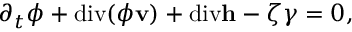
\begin{array} { r } { \partial _ { t } \phi + \mathrm { d i v } ( \phi \mathbf { v } ) + \mathrm { d i v } \mathbf { h } - \zeta \gamma = 0 , } \end{array}